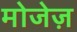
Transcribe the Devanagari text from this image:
मोजेज़